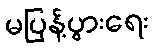
မပြန့်ပွားရေး